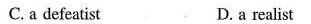
C.a defeatist D.a realist